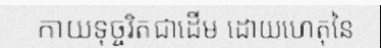
កាយទុច្ចរិតជាដើម ដោយហេតុនៃ